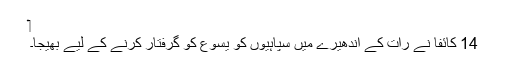
‏
14 کائفا نے رات کے اندھیرے میں سپاہیوں کو یسوع کو گِرفتار کرنے کے لیے بھیجا۔